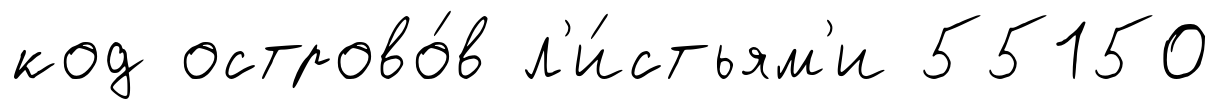
код острово́в л'и́стьям'и 55150